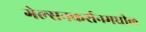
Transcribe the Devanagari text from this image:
गेल्सनकर्शनमधील